Report of the Hyderabad Chloroform Commission
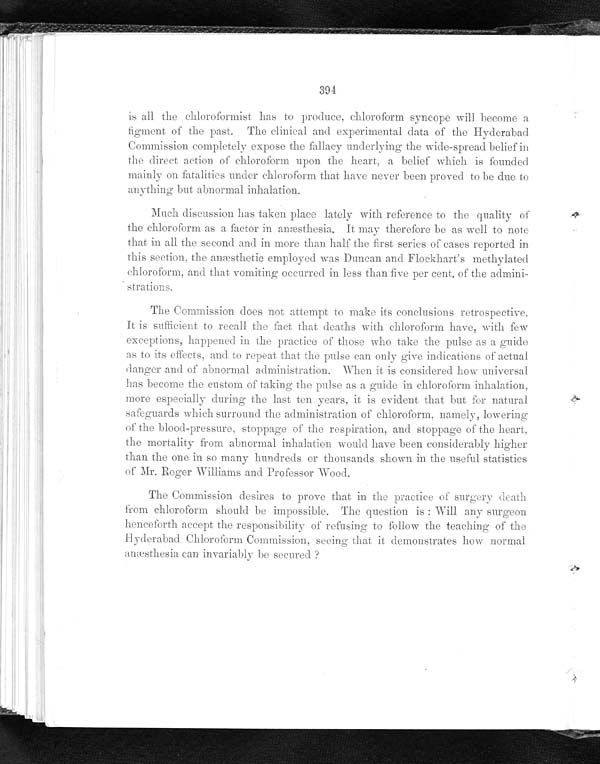
394
is all the chloroformist has to produce, chloroform syncope will become a
figment of the past. The clinical and experimental data of the Hyderabad
Commission completely expose the fallacy underlying the wide-spread belief in
the direct action of chloroform upon the heart, a belief which is founded
mainly on fatalities under chloroform that have never been proved to be due to
anything but abnormal inhalation.
Much discussion has taken place lately with reference to the quality of
the chloroform as a factor in anæsthesia. It may therefore be as well to note
that in all the second and in more than half the first series of cases reported in
this section, the anæsthetic employed was Duncan and Flockhart's methylated
chloroform, and that vomiting occurred in less than five per cent. of the admini-
strations.
The Commission does not attempt to make its conclusions retrospective.
It is sufficient to recall the fact that deaths with chloroform have, with few
exceptions, happened in the practice of those who take the pulse as a guide
as to its effects, and to repeat that the pulse can only give indications of actual
danger and of abnormal administration. When it is considered how universal
has become the custom of taking the pulse as a guide in chloroform inhalation,
more especially during the last ten years, it is evident that but for natural
safeguards which surround the administration of chloroform, namely, lowering
of the blood-pressure, stoppage of the respiration, and stoppage of the heart
the mortality from abnormal inhalation would have been considerably higher
than the one in so many hundreds or thousands shown in the useful statistics
o f Mr . R o g e r Wi l l i a ms a n d P r o f e s s o r Wo o d .
The Commission desires to prove that in the practice of surgery death
from chloroform should be impossible. The question is : Will any surgeon
henceforth accept the responsibility of refusing to follow the teaching of the
Hyderabad Chloroform Commission. seeing that it demonstrates how normal
anæsthesia can invariably be secured ?